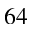
6 4